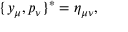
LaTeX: \{ y _ { \mu } , p _ { \nu } \} ^ { * } = \eta _ { \mu \nu } ,